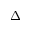
\Delta _ { \pm }